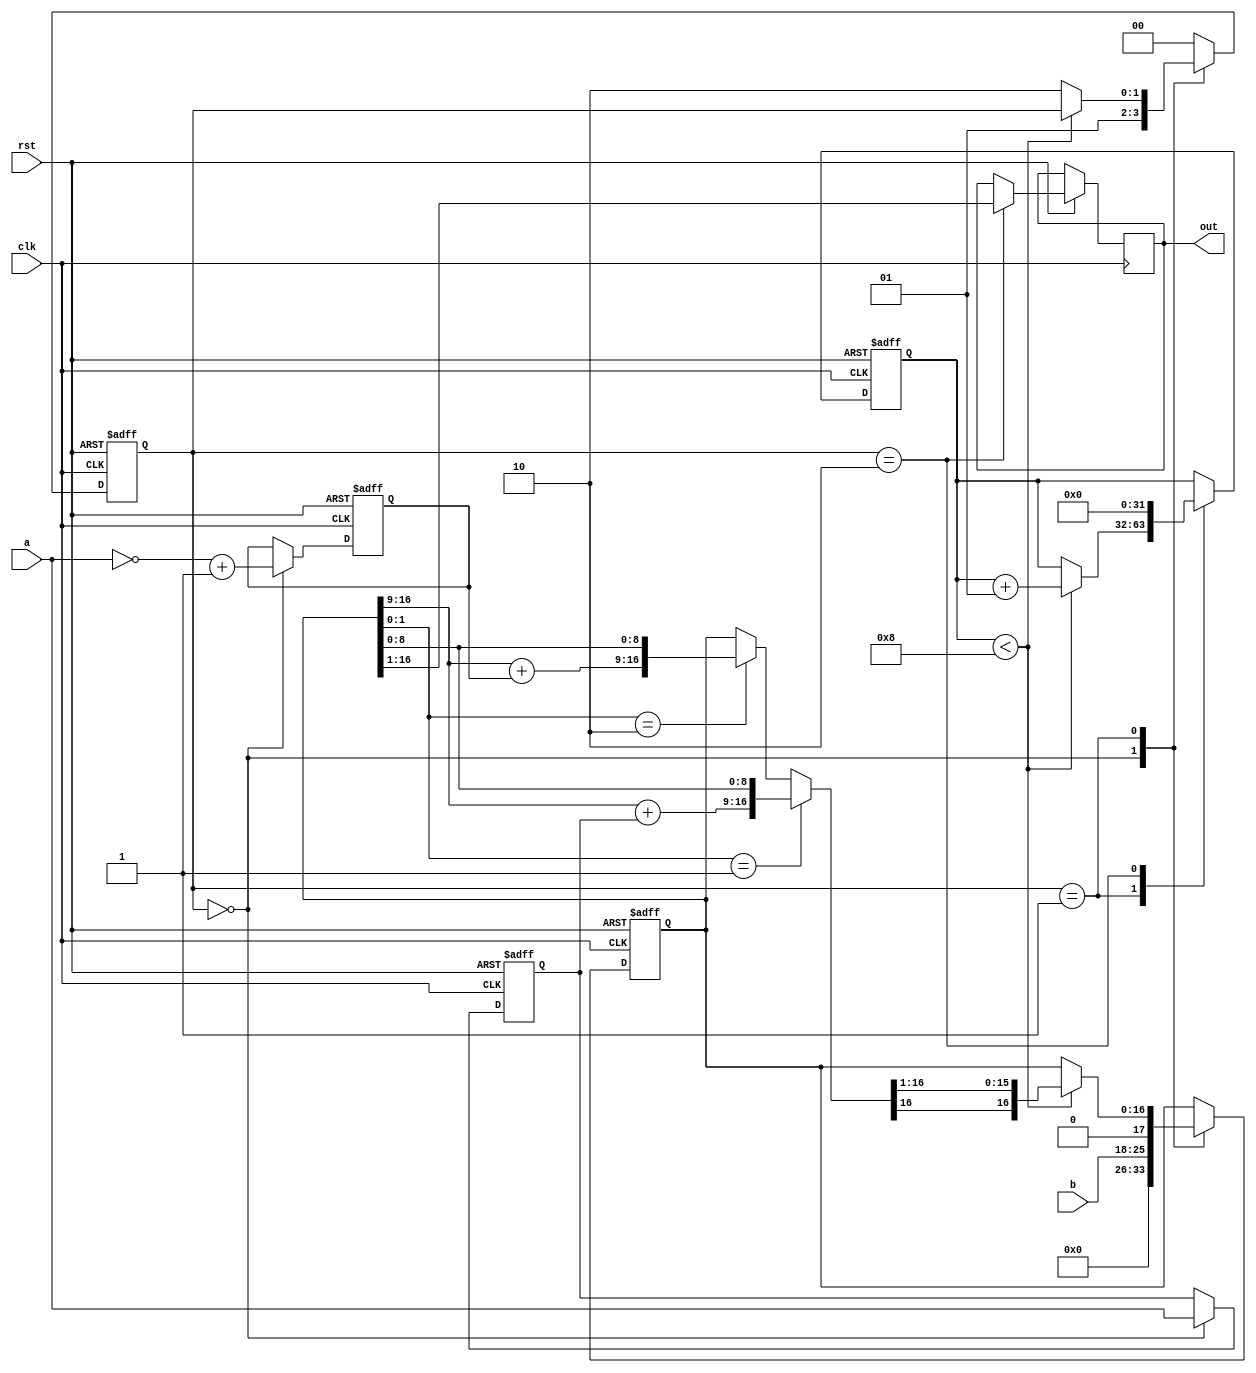
//BOOTH  10
module multiplier5(clk,rst,a,b,out);
 parameter SIZE=8;
 input clk;
 input rst;
 input[SIZE-1:0] a;
 input[SIZE-1:0] b;
 output[2*SIZE-1:0] out;
 reg[SIZE-1:0] a_tmp;             //
 reg[SIZE-1:0] a_tmp_c;           //
 //reg[SIZE-1:0] b_tmp;             //
 reg[2*SIZE-1:0] out;             //
 reg[2*SIZE:0] out_tmp;           //P
 reg[1:0] state;  
 integer i;
 parameter s0=2'b00,s1=2'b01,s2=2'b10; 
 
 always@(posedge clk or negedge rst)
  if(!rst)
   begin
    a_tmp<={SIZE{1'b0}};
	a_tmp_c<={SIZE{1'b0}};
	//b_tmp<={SIZE{1'b0}};
	out_tmp<={(2*SIZE+1){1'b0}};
	i<=0;
	state<=s0;
   end
  else
   begin
    case(state)
	s0:
	 begin
	  a_tmp<=a;
	  a_tmp_c<=(~a+1'b1);
	  out_tmp<={{(SIZE){1'b0}},b,1'b0};
	  state<=s1;
	 end
	s1:
	 begin
	  if(i<SIZE)
	   begin
	    if(out_tmp[1:0]==2'b01)
	     out_tmp={(out_tmp[2*SIZE:SIZE+1]+a_tmp),out_tmp[SIZE:0]};
	    else if(out_tmp[1:0]==2'b10)
	     out_tmp={(out_tmp[2*SIZE:SIZE+1]+a_tmp_c),out_tmp[SIZE:0]};
	    else
	     out_tmp<=out_tmp;
		i<=i+1;
		out_tmp<={out_tmp[2*SIZE],out_tmp[2*SIZE:1]};
	   end
	  else
	   state<=s2;
	 end
	s2:
	 begin
	  out<=out_tmp[2*SIZE:1];
	  i<=0;
	  state<=s0;
	 end
	default:
      state<=s0;	
	endcase
   end
endmodule